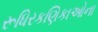
રૂધિરકણિકાઓના